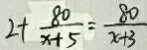
2 + \frac { 8 0 } { x + 5 } = \frac { 8 0 } { x + 3 }